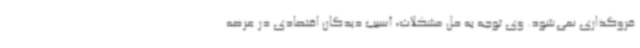
فروگذاری نمی‌شود. وی توجه به حل مشکلات، آسیب دیدگان اقتصادی در عرصه